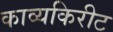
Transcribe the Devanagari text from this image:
काव्यकिरीट